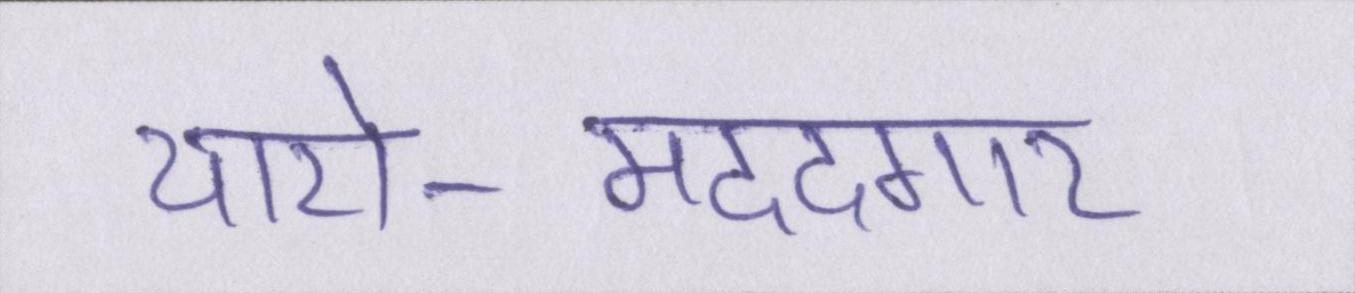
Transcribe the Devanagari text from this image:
यारो-मददगार